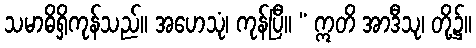
သမာဓိရှိကုန်သည်။ အဟေသုံ၊ ကုန်ပြီ။ “ ဣတိ အာဒီသု၊ တို့၌။